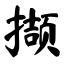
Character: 撷